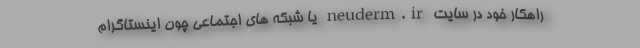
راهکار خود در سایت neuderm.ir یا شبکه های اجتماعی چون اینستاگرام